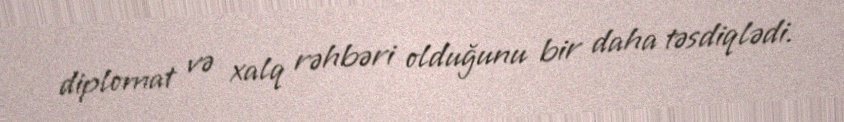
diplomat və xalq rəhbəri olduğunu bir daha təsdiqlədi.